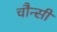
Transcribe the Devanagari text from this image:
चौन्सी